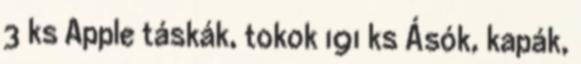
3 ks Apple táskák, tokok 191 ks Ásók, kapák,